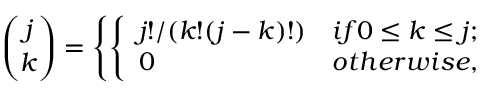
{ \binom { j } { k } } = \left\{ \left\{ \begin{array} { l l } { { j ! / ( k ! ( j - k ) ! ) } } & { { i f 0 \le k \le j ; } } \\ { { 0 } } & { { o t h e r w i s e , } } \end{array} \right. \right.